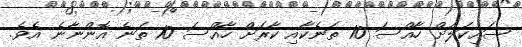
ސައިކަަލަށް ހާއްސަ 10 ތަނެކާއި ކާރަށް ހާއްސަ 10 ތަނެ އޮންނާނެ އެވެ.